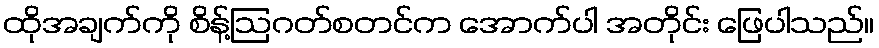
ထိုအချက်ကို စိန့်ဩဂတ်စတင်က အောက်ပါ အတိုင်း ဖြေပါသည်။